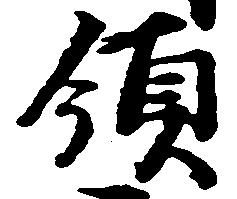
領